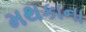
મથકાના